Annual report of the Punjab Veterinary College and of the Civil Veterinary Department, Punjab - 1909-1919
Year: 1909
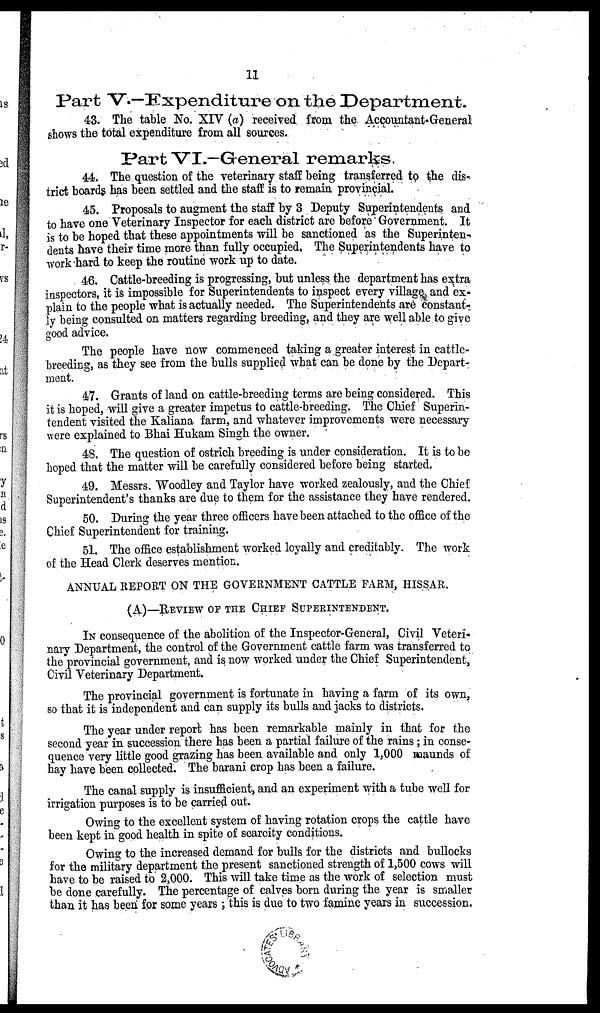
11
Part V.—Expenditure on the Department.
43. The table No. XIV (a) received from the Accountant-General
shows the total expenditure from all sources.
Part VI.—General remarks.
44. The question of the veterinary staff being transferred to the dis-
trict boards has been settled and the staff is to remain provincial.
45. Proposals to augment the staff by 3 Deputy Superintendents and
to have one Veterinary Inspector for each district are before Government. It
is to be hoped that these appointments will be sanctioned as the Superinten-
dents have their time more than fully occupied. The Superintendents have to
work hard to keep the routine work up to date.
46. Cattle-breeding is progressing, but unless the department has extra
inspectors, it is impossible for Superintendents to inspect every village and ex-
plain to the people what is actually needed. The Superintendents are constant-
ly being consulted on matters regarding breeding, and they are well able to give
good advice.
The people have now commenced taking a greater interest in cattle-
breeding, as they see from the bulls supplied what can be done by the Depart-
ment.
47. Grants of land on cattle-breeding terms are being considered. This
it is hoped, will give a greater impetus to cattle-breeding. The Chief Superin-
tendent visited the Kaliana farm, and whatever improvements were necessary
were explained to Bhai Hukam Singh the owner.
48. The question of ostrich breeding is under consideration. It is to be
hoped that the matter will be carefully considered before being started.
49. Messrs. Woodley and Taylor have worked zealously, and the Chief
Superintendent's thanks are due to them for the assistance they have rendered
50. During the year three officers have been attached to the office of the
Chief Superintendent for training.
51. The office establishment worked loyally and creditably. The work
of the Head Clerk deserves mention.
ANNUAL REPORT ON THE GOVERNMENT CATTLE FARM, HISSAR.
(A)—REVIEW OF THE CHIEF SUPERINTEDENT.
IN consequence of the abolition of the Inspector-General, Civil Veteri-
nary Department, the control of the Government cattle farm was transferred to
the provincial government, and is now worked under the Chief Superintendent,
Civil Veterinary Department.
The provincial government is fortunate in having a farm of its own,
so that it is independent and can supply its bulls and jacks to districts.
The year under report has been remarkable mainly in that for the
second year in succession there has been a partial failure of the rains ; in conse-
quence very little good grazing has been available and only 1,000 maunds of
hay have been collected. The barani crop has been a failure.
The canal supply is insufficient, and an experiment with a tube well for
irrigation purposes is to be carried out.
Owing to the excellent system of having rotation crops the cattle have
been kept in good health in spite of scarcity conditions.
Owing to the increased demand for bulls for the districts and bullocks
for the military department the present sanctioned strength of 1,500 cows will
have to be raised to 2,000. This will take time as the work of selection must
be done carefully. The percentage of calves born during the year is smaller
than it has been for some years ; this is due to two famine years in succession.